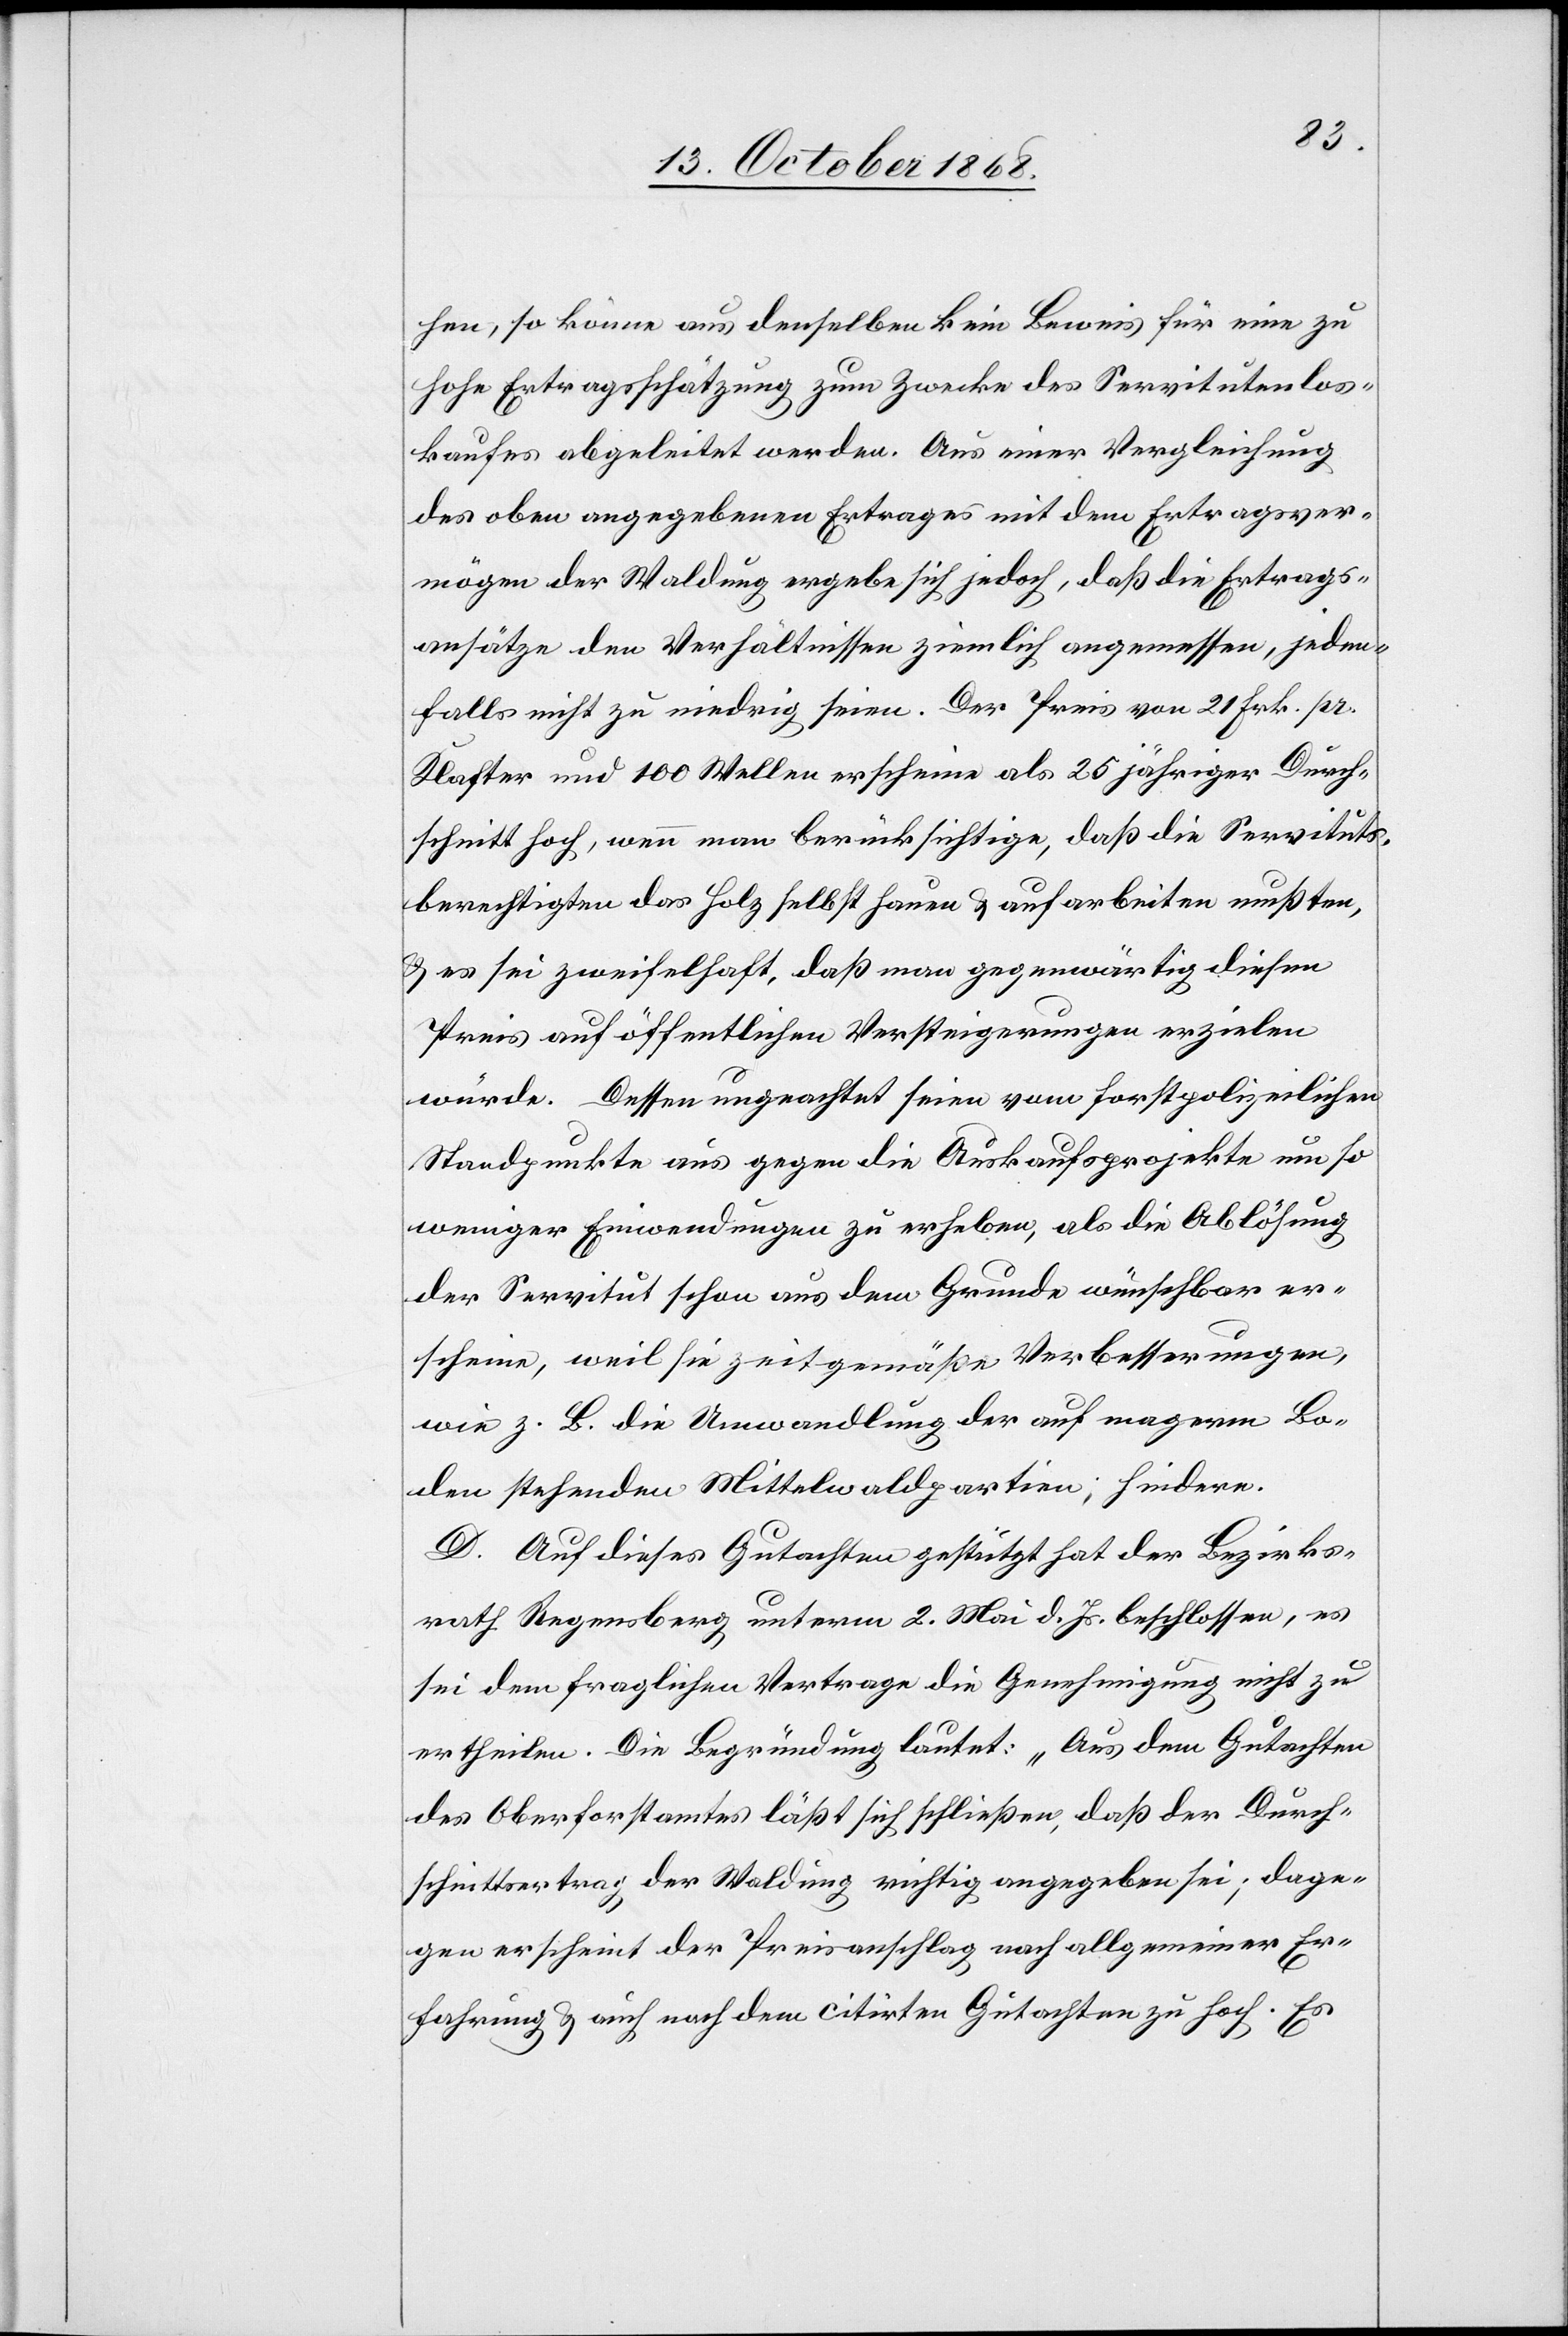
hen, so könne aus denselben kein Beweis für eine zu
hohe Ertragsschätzung zum Zwecke des Servitutenlos¬
kaufes abgeleitet werden. Aus einer Vergleichung
des oben angegebenen Ertrages mit dem Ertragsver¬
mögen der Waldung ergebe sich jedoch, daß die Ertrags¬
ansätze den Verhältnissen ziemlich angemessen, jeden¬
falls nicht zu niedrig seien. Der Preis von 21 Frk. pr.
Klafter und 100 Wellen erscheine als 25 jähriger Durch¬
schnitt hoch, wenn man berücksichtige, daß die Servituts¬
berechtigten das Holz selbst hauen & aufarbeiten mußten,
& es sei zweifelhaft, daß man gegenwärtig diesen
Preis auf öffentlichen Versteigerungen erzielen
würde. Dessen ungeachtet seien vom forstpolizeilichen
Standpunkte aus gegen die Auskaufsprojekte um so
weniger Einwendungen zu erheben, als die Ablösung
der Servitut schon aus dem Grunde wünschbar er¬
scheine, weil sie zeitgemäße Verbesserungen,
wie z. B. die Umwandlung der auf magerm Bo¬
den stehenden Mittelwaldpartien, hindere.
D. Auf dieses Gutachten gestützt hat der Bezirks¬
rath Regensberg unterm 2. Mai d. Js. beschlossen, es
sei dem fraglichen Vertrage die Genehmigung nicht zu
ertheilen. Die Begründung lautet: „Aus dem Gutachten
des Oberforstamtes läßt sich schließen, daß der Durch¬
schnittsertrag der Waldung richtig angegeben sei; dage¬
gen erscheint der Preisanschlag nach allgemeiner Er¬
fahrung & auch nach dem citirten Gutachten zu hoch. Es